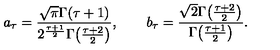
a _ { \tau } = { \frac { \sqrt { \pi } \Gamma ( \tau + 1 ) } { 2 ^ { \frac { \tau + 1 } { 2 } } \Gamma \! \left( { \frac { \tau + 2 } { 2 } } \right) } } , \qquad b _ { \tau } = { \frac { \sqrt { 2 } \Gamma \! \left( { \frac { \tau + 2 } { 2 } } \right) } { \Gamma \! \left( { \frac { \tau + 1 } { 2 } } \right) } } .